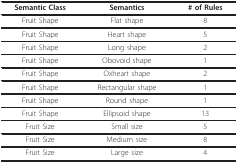
<table><thead><tr><td><b>Semantic Class</b></td><td><b>Semantics</b></td><td><b># of Rules</b></td></tr></thead><tbody><tr><td>Fruit Shape</td><td>Flat shape</td><td>8</td></tr><tr><td>Fruit Shape</td><td>Heart shape</td><td>5</td></tr><tr><td>Fruit Shape</td><td>Long shape</td><td>2</td></tr><tr><td>Fruit Shape</td><td>Obovoid shape</td><td>1</td></tr><tr><td>Fruit Shape</td><td>Oxheart shape</td><td>2</td></tr><tr><td>Fruit Shape</td><td>Rectangular shape</td><td>1</td></tr><tr><td>Fruit Shape</td><td>Round shape</td><td>1</td></tr><tr><td>Fruit Shape</td><td>Ellipsoid shape</td><td>13</td></tr><tr><td>Fruit Size</td><td>Small size</td><td>5</td></tr><tr><td>Fruit Size</td><td>Medium size</td><td>8</td></tr><tr><td>Fruit Size</td><td>Large size</td><td>4</td></tr></tbody></table>